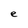
Character: e